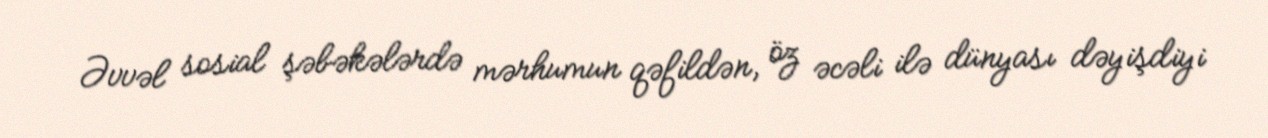
Əvvəl sosial şəbəkələrdə mərhumun qəfildən, öz əcəli ilə dünyası dəyişdiyi